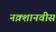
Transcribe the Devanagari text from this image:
नक़्शानवीस